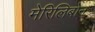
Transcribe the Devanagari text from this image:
मेरिलिबोन